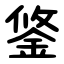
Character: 鋚